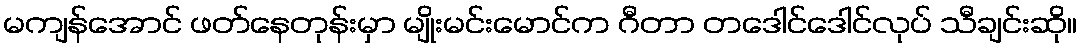
မကျန်အောင် ဖတ်နေတုန်းမှာ မျိုးမင်းမောင်က ဂီတာ တဒေါင်ဒေါင်လုပ် သီချင်းဆို။